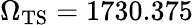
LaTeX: \Omega_{\mathrm{TS}}=1730.375